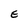
Character: e